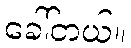
ခေါ်တယ်။